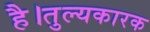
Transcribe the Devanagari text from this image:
है।तुल्यकारक